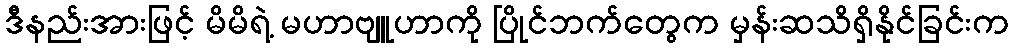
ဒီနည်းအားဖြင့် မိမိရဲ့ မဟာဗျူဟာကို ပြိုင်ဘက်တွေက မှန်းဆသိရှိနိုင်ခြင်းက